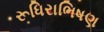
રૂધિરાભિષણ